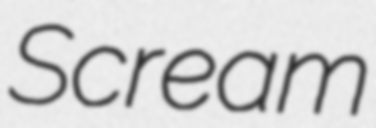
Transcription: Scream